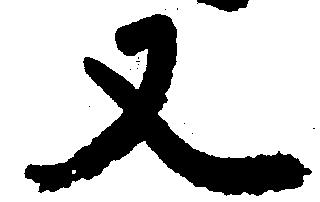
又